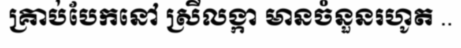
គ្រាប់បែកនៅ ស្រីលង្កា មានចំនួនរហូត ..